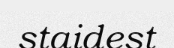
staidest